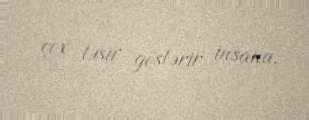
çox təsir göstərir insana.